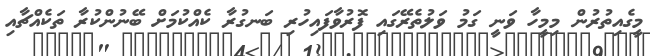
މީގެއިތުރުން މިމީހާ ވަނީ ގަމު ވަލުތެރޭގައި ފޮރުވާފައިހުރި ބަނގުރާ ކެއްކުމަށް ބޭނުންކުރާ ތަކެއްޗާއި